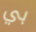
بي